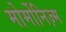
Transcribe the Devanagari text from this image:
मोर्मोनिज्‍़म